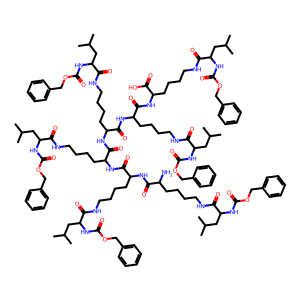
SMILES: CC(C)CC(NC(=O)OCc1ccccc1)C(=O)NCCCCC(N)C(=O)NC(CCCCNC(=O)C(CC(C)C)NC(=O)OCc1ccccc1)C(=O)NC(CCCCNC(=O)C(CC(C)C)NC(=O)OCc1ccccc1)C(=O)NC(CCCCNC(=O)C(CC(C)C)NC(=O)OCc1ccccc1)C(=O)NC(CCCCNC(=O)C(CC(C)C)NC(=O)OCc1ccccc1)C(=O)NC(CCCCNC(=O)C(CC(C)C)NC(=O)OCc1ccccc1)C(=O)O
Inhibits HIV replication: No